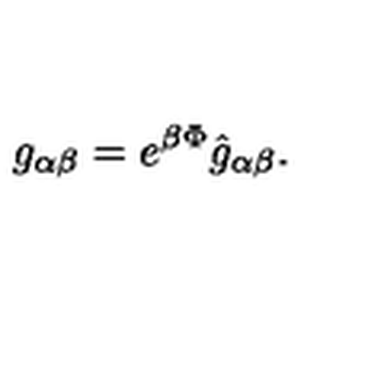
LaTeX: g _ { \alpha \beta } = e ^ { \beta \Phi } \hat { g } _ { \alpha \beta } .